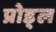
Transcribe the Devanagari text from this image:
प्रोड्ल